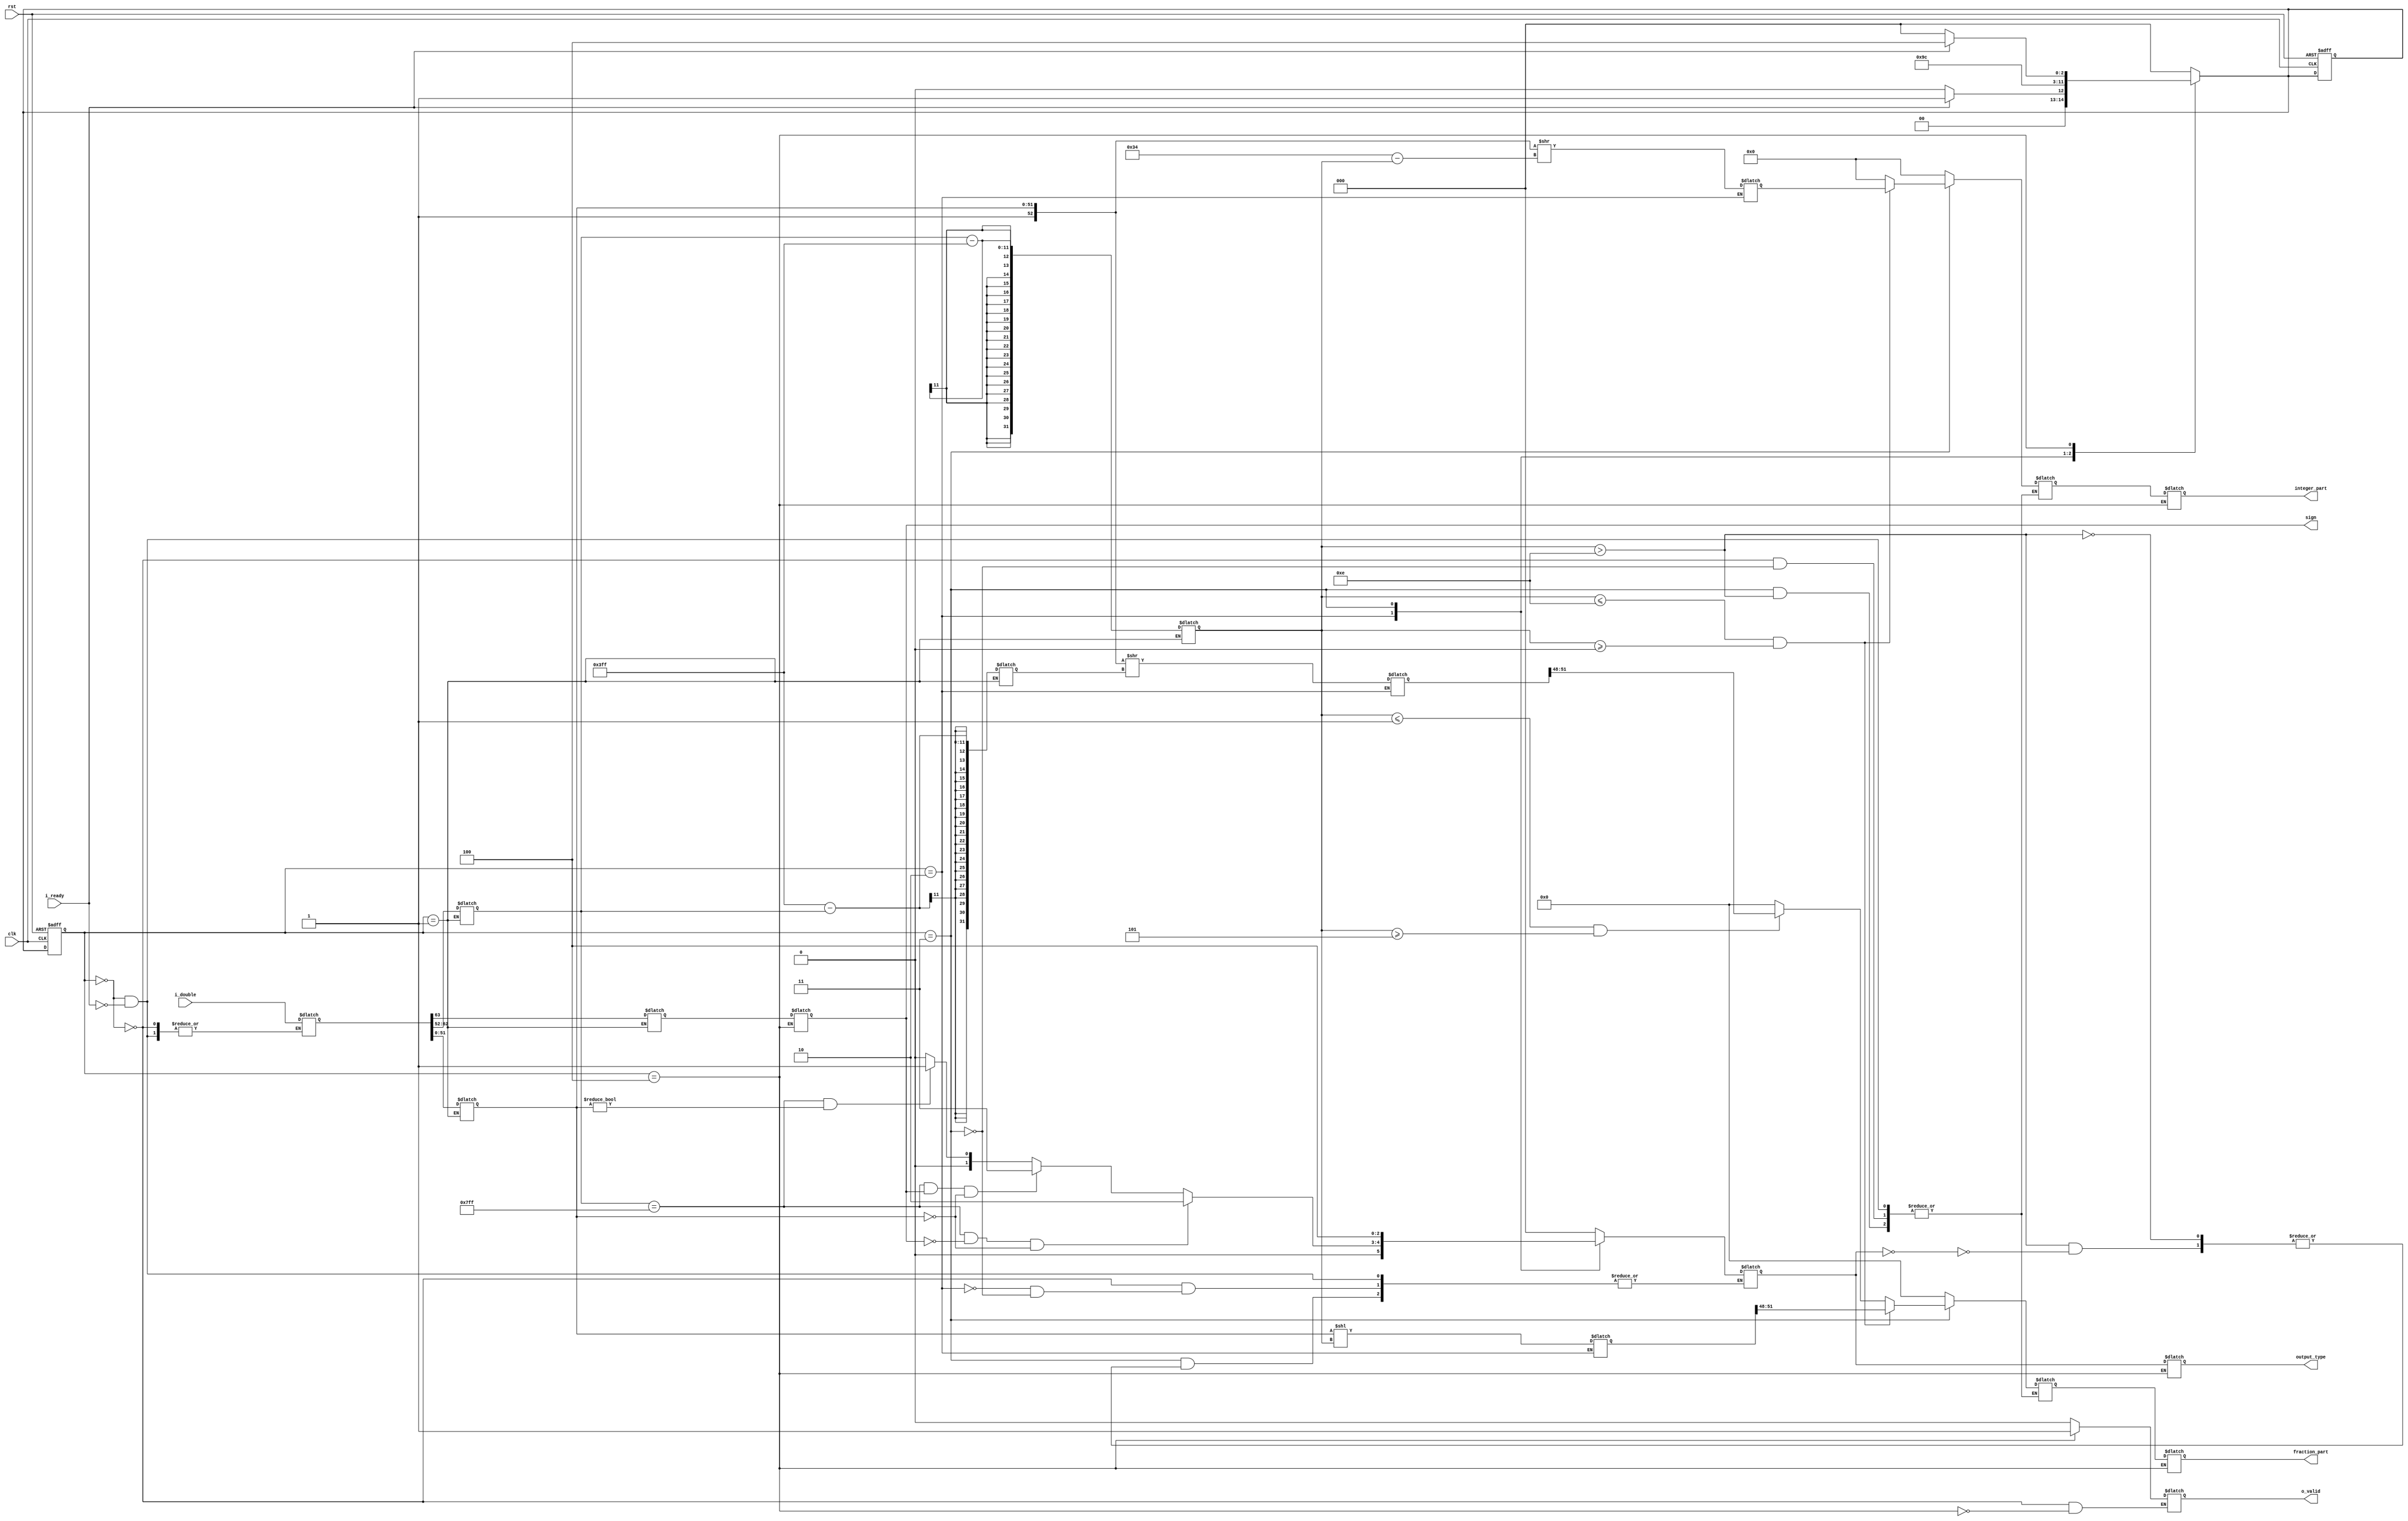
module double2binary(

    input clk,rst,
    input i_ready,
    input [63:0] i_double,
    output reg o_valid,	
    output reg [13:0] integer_part,//
    output reg [3:0] fraction_part,//
    output reg [2:0] output_type,
	output reg sign

    );

    reg [63:0] i_double_buffer;
    reg sign_buffer;
    reg [10:0] exp;
    integer exp_result;
    integer exp_result_neg;
    reg [51:0] mantissa;
    reg [13:0] integer_part_buffer;//
    reg [3:0] fraction_part_buffer;//
    reg [2:0] output_type_buffer;
    //output_type_buffer:
    //0:
    //1:NAN
    //2:
    //3:
    //4.
    reg [52:0] mantissa_rightshift_integer;//1
    reg [51:0] mantissa_rightshift_fraction;
    reg [51:0] mantissa_leftshift_fraction;


    //FSM

    parameter IDLE       = 0;
    parameter SEPERATE  = 1;
    parameter DETERMINE      = 2;
    parameter EXTRACT      = 3;
    parameter OUTPUT     = 4;

    reg [2:0] current_state,next_state;

    always @ (posedge clk,negedge rst)
    begin
        if(!rst)
        begin
            current_state <= 0;
            next_state <= 0;
        end
        else
        begin
            current_state <= next_state;
        end
    end

    always @ (*)
        case (current_state)

            IDLE:  
            begin
			$display("IDLE");
                o_valid <= 1'b0;
                if(i_ready == 1'b1)begin
                    integer_part_buffer <= 13'b0;
                    fraction_part_buffer <= 4'b0;
                    output_type_buffer <= 3'b0;

                    i_double_buffer <= i_double;
                    next_state <= SEPERATE;
                end
                else begin
                    next_state <= IDLE;
                end 
            end

            SEPERATE:
            begin
                $display("SEPERATE");
                sign_buffer <= i_double_buffer[63];
                exp <= i_double_buffer[62:52];
                exp_result <= exp - 1023;
                exp_result_neg <= 1023 - exp;
                $display("exp_result:%d",exp_result);
                mantissa <= i_double_buffer[51:0];
                next_state <= DETERMINE;

            end

            DETERMINE:
            begin
                //$display("DETERMINE");
                if(exp == 11'b11111111111 && sign == 1'b0 && mantissa == 52'b0)begin//
                    output_type_buffer<=3'd2;
                    //"+INF"
                end else if((exp == 11'b11111111111) && (sign ==1'b1) && (mantissa == 52'b0))begin//
                    output_type_buffer<=3'd3;
                    //"-INF"
                end else if((exp == 11'b11111111111) && (mantissa != 52'b0))begin//NAN
                    output_type_buffer<=3'd1;
                    //"NAN" 
                end else
                begin
                    output_type_buffer<=3'd0;
                    //
                end
                //extract
                //11
                mantissa_rightshift_integer<= ({1'b1,mantissa}>>(52-exp_result));
                mantissa_rightshift_fraction<= (mantissa<<(exp_result));
                mantissa_leftshift_fraction <=({1'b1,mantissa}>>(exp_result_neg));// 
                //
                //integer


                next_state <= EXTRACT;
            end

            //state3bit2bitOUTPUT
            //
            EXTRACT:   
            begin
                $display("EXTRACT");
                if (exp_result >14)begin
                    if(output_type_buffer == 2'b0)begin
                    output_type_buffer<=3'd4;
                end else begin
                    output_type_buffer<=output_type_buffer;
                end

                    //next_state<= OUTPUT;
                    //
                end else if (exp_result<=14 && exp_result >=0 ) begin
                    //integer_part_buffer <= mantissa[51:(51-exp_result)];
                    //fraction_part_buffer <= mantissa[(51-exp_result-1):(51-exp_result-4)];
                    integer_part_buffer <= mantissa_rightshift_integer[13:0];
                    fraction_part_buffer <= mantissa_rightshift_fraction[51:48];
                    //next_state<= OUTPUT;
                end else if (exp_result <=-1 && exp_result >=-3) begin
                    //0
                    integer_part_buffer<= 14'b0;
                    fraction_part_buffer<= mantissa_leftshift_fraction[51:48]; 
                end else begin
				/*
                     if(output_type_buffer == 2'b0)begin
                    output_type_buffer<=3'd0;
                end else begin
                    output_type_buffer<=output_type_buffer;
                end
				*/
				integer_part_buffer<= 14'b0;
				fraction_part_buffer<=4'b0;
                    //next_state<= OUTPUT;
                    //
                end 
                next_state<= OUTPUT;
            end
            //  next_state<= OUTPUT;

        OUTPUT:  
        begin
            $display("OUTPUT");
			sign <=sign_buffer;
            integer_part  <= integer_part_buffer;  
            fraction_part <= fraction_part_buffer;  
            output_type   <= output_type_buffer;    
            o_valid <= 1'b1;
            if (i_ready == 1'b0) begin
			$display("to_IDLE");
                next_state <= IDLE;
            end
            else begin
			$display("remain_OUTPUT");
                next_state <= OUTPUT;
            end

        end

        default:
            next_state <= IDLE;

    endcase

    endmodule